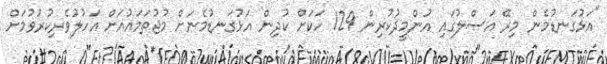
"އަޅުގަނޑުމެން މިރޭ އަސްލުގައި އުންމީދުކުރިން 129 ހަކަށް ކުދިން އަޅުގަނޑުމެނަށް މުޖުތަމައުއަށް އަހުލުވެރިކުރުވުމަށް